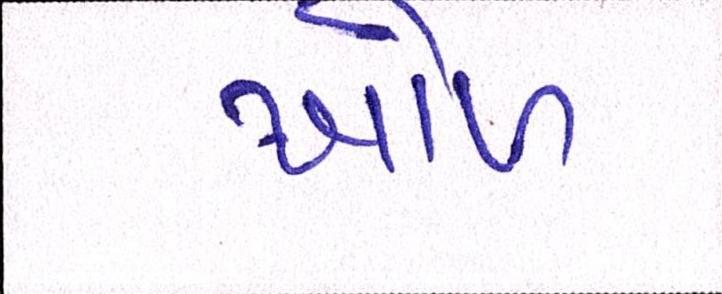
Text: ખોળ